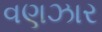
વણઝાર